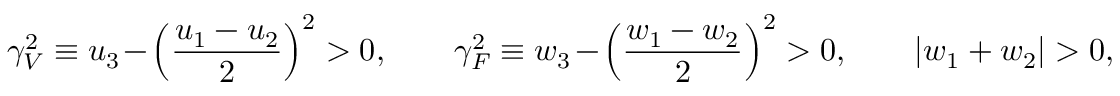
\gamma _ { V } ^ { 2 } \equiv u _ { 3 } - \left( \frac { u _ { 1 } - u _ { 2 } } { 2 } \right) ^ { 2 } > 0 , \qquad \gamma _ { F } ^ { 2 } \equiv w _ { 3 } - \left( \frac { w _ { 1 } - w _ { 2 } } { 2 } \right) ^ { 2 } > 0 , \qquad \left| w _ { 1 } + w _ { 2 } \right| > 0 ,